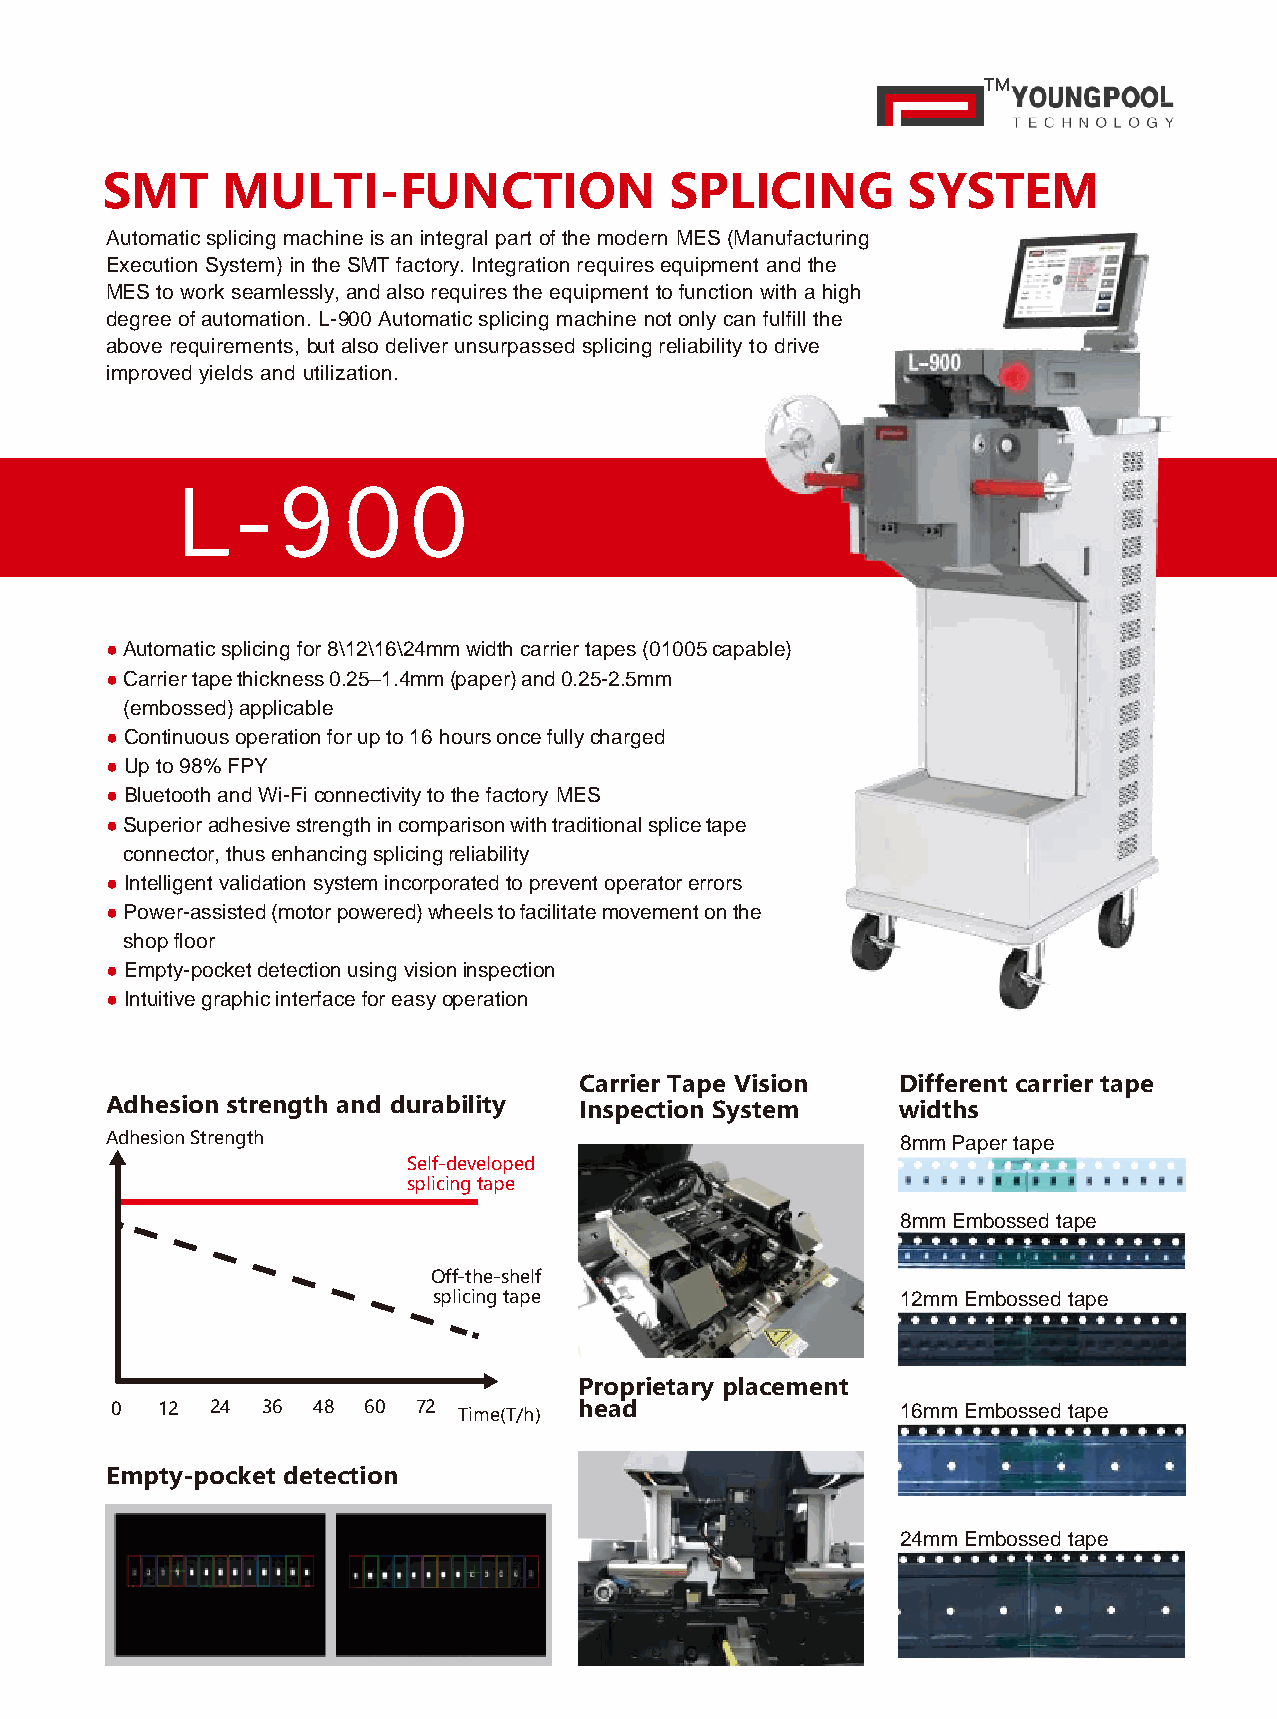
™
 SMT     MULTI-FUNCTION               SPLICING        SYSTEM
 Automatic splicing machine is an integral part of the modern MES (Manufacturing
 Execution System) in the SMT factory. Integration requires equipment and the
 MES to work seamlessly, and also requires the equipment to function with a high
 degree of automation. L-900 Automatic splicing machine not only can fulfill the
 above requirements, but also deliver unsurpassed splicing reliability to drive
 improved yields and utilization.
 L   - 9    0   0
 ● Automatic splicing for 8\12\16\24mm width carrier tapes (01005 capable)
 ● Carrier tape thickness 0.25–1.4mm (paper) and 0.25-2.5mm
 (embossed) applicable
 ● Continuous operation for up to 16 hours once fully charged
 ● Up to 98% FPY
 ● Bluetooth and Wi-Fi connectivity to the factory MES
 ● Superior adhesive strength in comparison with traditional splice tape
 connector, thus enhancing splicing reliability
 ● Intelligent validation system incorporated to prevent operator errors
 ● Power-assisted (motor powered) wheels to facilitate movement on the
 shop floor
 ● Empty-pocket detection using vision inspection
 ● Intuitive graphic interface for easy operation
 Carrier Tape Vision  Different carrier tape
 Adhesion strength and durability Inspection System  widths
 Adhesion Strength                                    8mm Paper tape
 Self-developed
 splicing tape
 8mm Embossed tape
 Off-the-shelf
 splicing tape                  12mm Embossed tape
 Proprietary placement
 0  12  24 36  48 60  72 Time(T/h) head               16mm Embossed tape
 Empty-pocket detection
 24mm Embossed tape